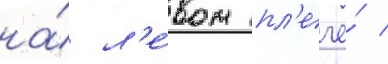
на́ л'е́вом пл'ече́ /